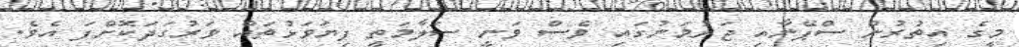
މީގެ އިތުރުން ސްޕޭނާއި ޖަރުމަނުގައި ވެސް ވަނީ ސަލާމަތީ ފިޔަވަޅުތައް ވަރުގަދަކޮށްފަ އެވެ.